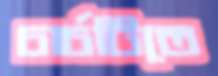
চার্চটিতে